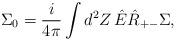
LaTeX: \begin{align*}\Sigma_{0}=\frac{i}{4\pi}\int d^{2}Z\, \hat{E}\hat{R}_{+-}\Sigma ,\end{align*}